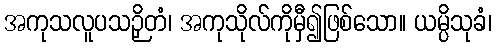
အကုသလူပသဉှိတံ၊ အကုသိုလ်ကိုမှီ၍ဖြစ်သော။ ယမ္ပိသုခံ၊